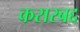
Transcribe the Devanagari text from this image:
करारबद्द